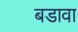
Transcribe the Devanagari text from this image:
बडावा